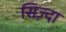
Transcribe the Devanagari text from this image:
सिज़्दा